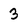
Character: 3